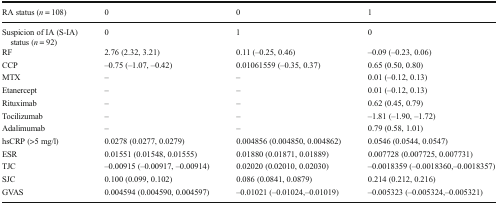
| RA status (n = 108) | 0 | 0 | 1 |
 | --- | --- | --- | --- |
 | Suspicion of IA (S-IA) status (n = 92) | 0 | 1 | 0 |
 | RF | 2.76 (2.32, 3.21) | 0.11 (–0.25, 0.46) | –0.09 (–0.23, 0.06) |
 | CCP | –0.75 (–1.07, –0.42) | 0.01061559 (–0.35, 0.37) | 0.65 (0.50, 0.80) |
 | MTX | – | – | 0.01 (–0.12, 0.13) |
 | Etanercept | – | – | 0.01 (–0.12, 0.13) |
 | Rituximab | – | – | 0.62 (0.45, 0.79) |
 | Tocilizumab | – | – | –1.81 (–1.90, –1.72) |
 | Adalimumab | – | – | 0.79 (0.58, 1.01) |
 | hsCRP (>5 mg/l) | 0.0278 (0.0277, 0.0279) | 0.004856 (0.004850, 0.004862) | 0.0546 (0.0544, 0.0547) |
 | ESR | 0.01551 (0.01548, 0.01555) | 0.01880 (0.01871, 0.01889) | 0.007728 (0.007725, 0.007731) |
 | TJC | –0.00915 (–0.00917, –0.00914) | 0.02020 (0.02010, 0.02030) | –0.0018359 (–0.0018360,–0.0018357) |
 | SJC | 0.100 (0.099, 0.102) | 0.086 (0.0841, 0.0879) | 0.214 (0.212, 0.216) |
 | GVAS | 0.004594 (0.004590, 0.004597) | –0.01021 (–0.01024,–0.01019) | –0.005323 (–0.005324,–0.005321) |